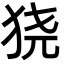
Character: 𬌮